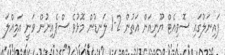
ފައިނަލުގައި ސޮވިއެޓް ޔޫނިއަން އަތުން 2-1 ލަނޑުން މޮޅުވެ ސްޕެއިނުން ވަނީ އަމިއްލަ